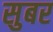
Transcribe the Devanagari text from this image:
सुबर